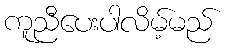
ကူညီပေးပါလိမ့်မည်